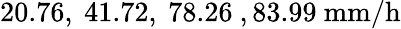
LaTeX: \mathrm{20.76,~41.72,~78.26~,83.99~mm/h}